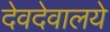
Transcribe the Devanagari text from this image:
देवदेवालये